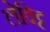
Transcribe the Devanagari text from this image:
लेविट्ट